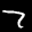
Label: 7